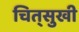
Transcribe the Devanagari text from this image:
चित्‌सुखी